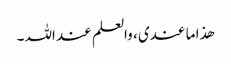
ھذا ما عندی ، والعلم عند اللہ ۔